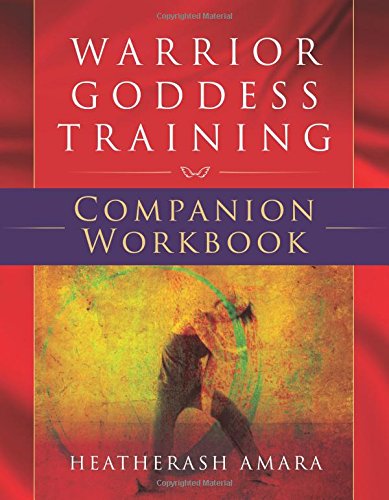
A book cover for Warrior Goddess Training Companion Workbook; HeatherAsh Amara; Religion & Spirituality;